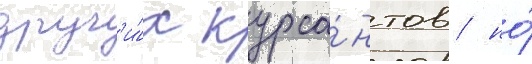
друг'и́х курса́нтов / но́